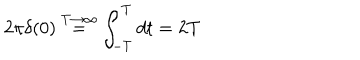
LaTeX: 2 \pi \delta ( 0 ) \stackrel { T \rightarrow \infty } { = } \int _ { - T } ^ { T } d t = 2 T